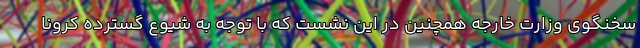
سخنگوی وزارت خارجه همچنین در این نشست که با توجه به شیوع گسترده کرونا